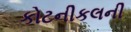
કોટનીકલની